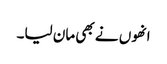
انھوں نے بھی مان لیا۔